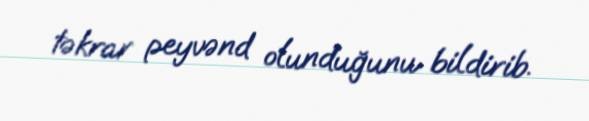
təkrar peyvənd olunduğunu bildirib.